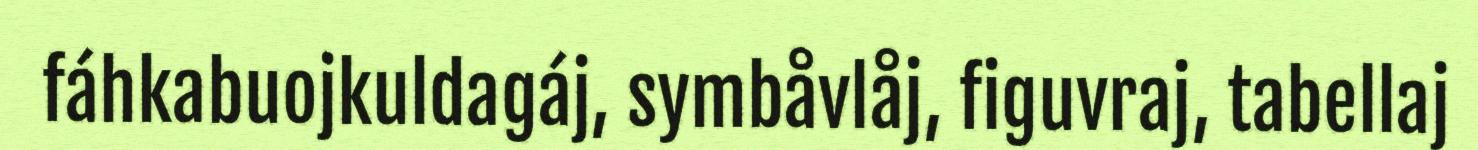
fáhkabuojkuldagáj, symbåvlåj, figuvraj, tabellaj